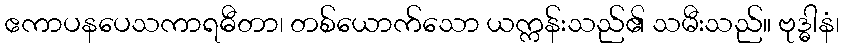
ဧကာပနပေသကာရဓီတာ၊ တစ်ယောက်သော ယက္ကန်းသည်၏ သမီးသည်။ ဗုဒ္ဓါနံ၊